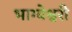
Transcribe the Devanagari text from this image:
भाग्येश्वरी